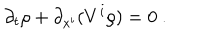
\partial _ { t } \rho + \partial _ { x ^ { i } } ( V ^ { i } \rho ) = 0 \ .